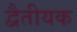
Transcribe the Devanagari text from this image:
द्वैतीयक